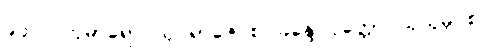
၉၀၇။ ကုမာရော ယုဝရာဇေ စ၊ ခန္ဒေ ဝုတ္တော သုသုမှိ စ။